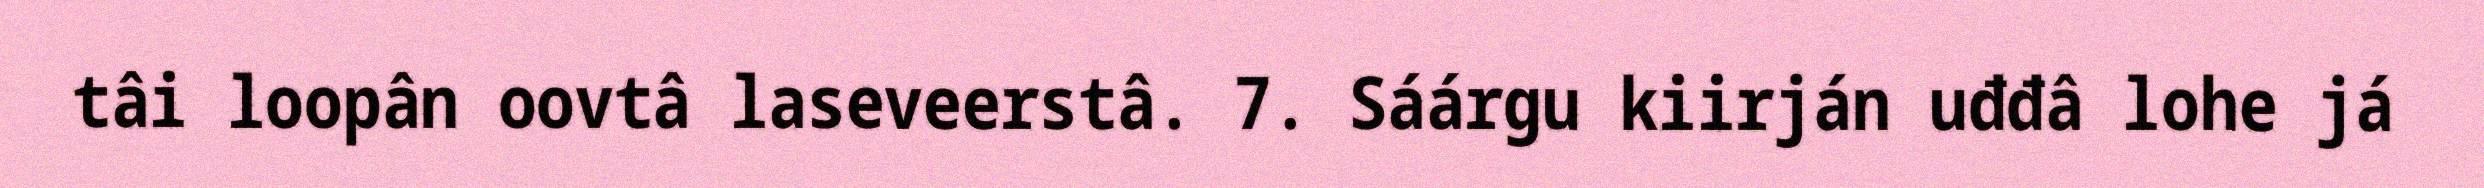
tâi loopân oovtâ laseveerstâ. 7. Sáárgu kiirján uđđâ lohe já